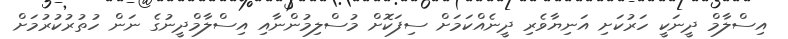
އިސްލާމް ދީނަކީ ހަރުކަށި އަނިޔާވެރި ދީނެއްކަމަށް ސިފަކޮށް މުސްލިމުންނާއި އިސްލާމްދީނުގެ ނަން ހުތުރުކުރުމަށް